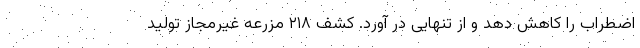
اضطراب را کاهش دهد و از تنهایی در آورد. کشف ۲۱۸ مزرعه غیرمجاز تولید